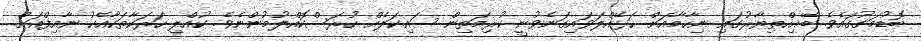
ބޮޑުމަގުގައެވެ. ބޭއިހްތިޔާރުގައި ނިހާމާއަށް ހަޅޭއްލަވައިގަނެވުނީ ކުރިމަތިން ސައިކަލެއް ހުރަސްކޮއްލުމުންނެވެ. ކުއްލި ހަރަކާތަކާއެކު ނާއިފްއަށް